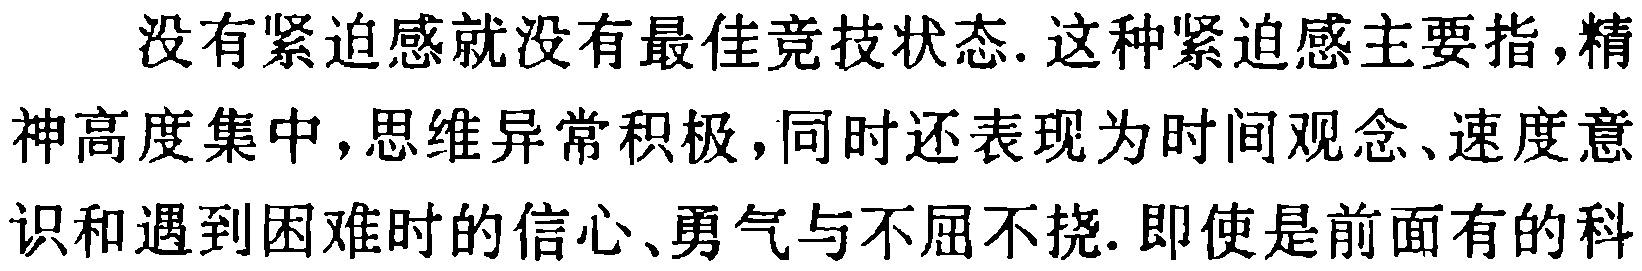
没有紧迫感就没有最佳竞技状态. 这种紧迫感主要指,精神高度集中, 思维异常积极, 同时还表现为时间观念、速度意识和遇到困难时的信心、勇气与不屈不挠. 即使是前面有的科